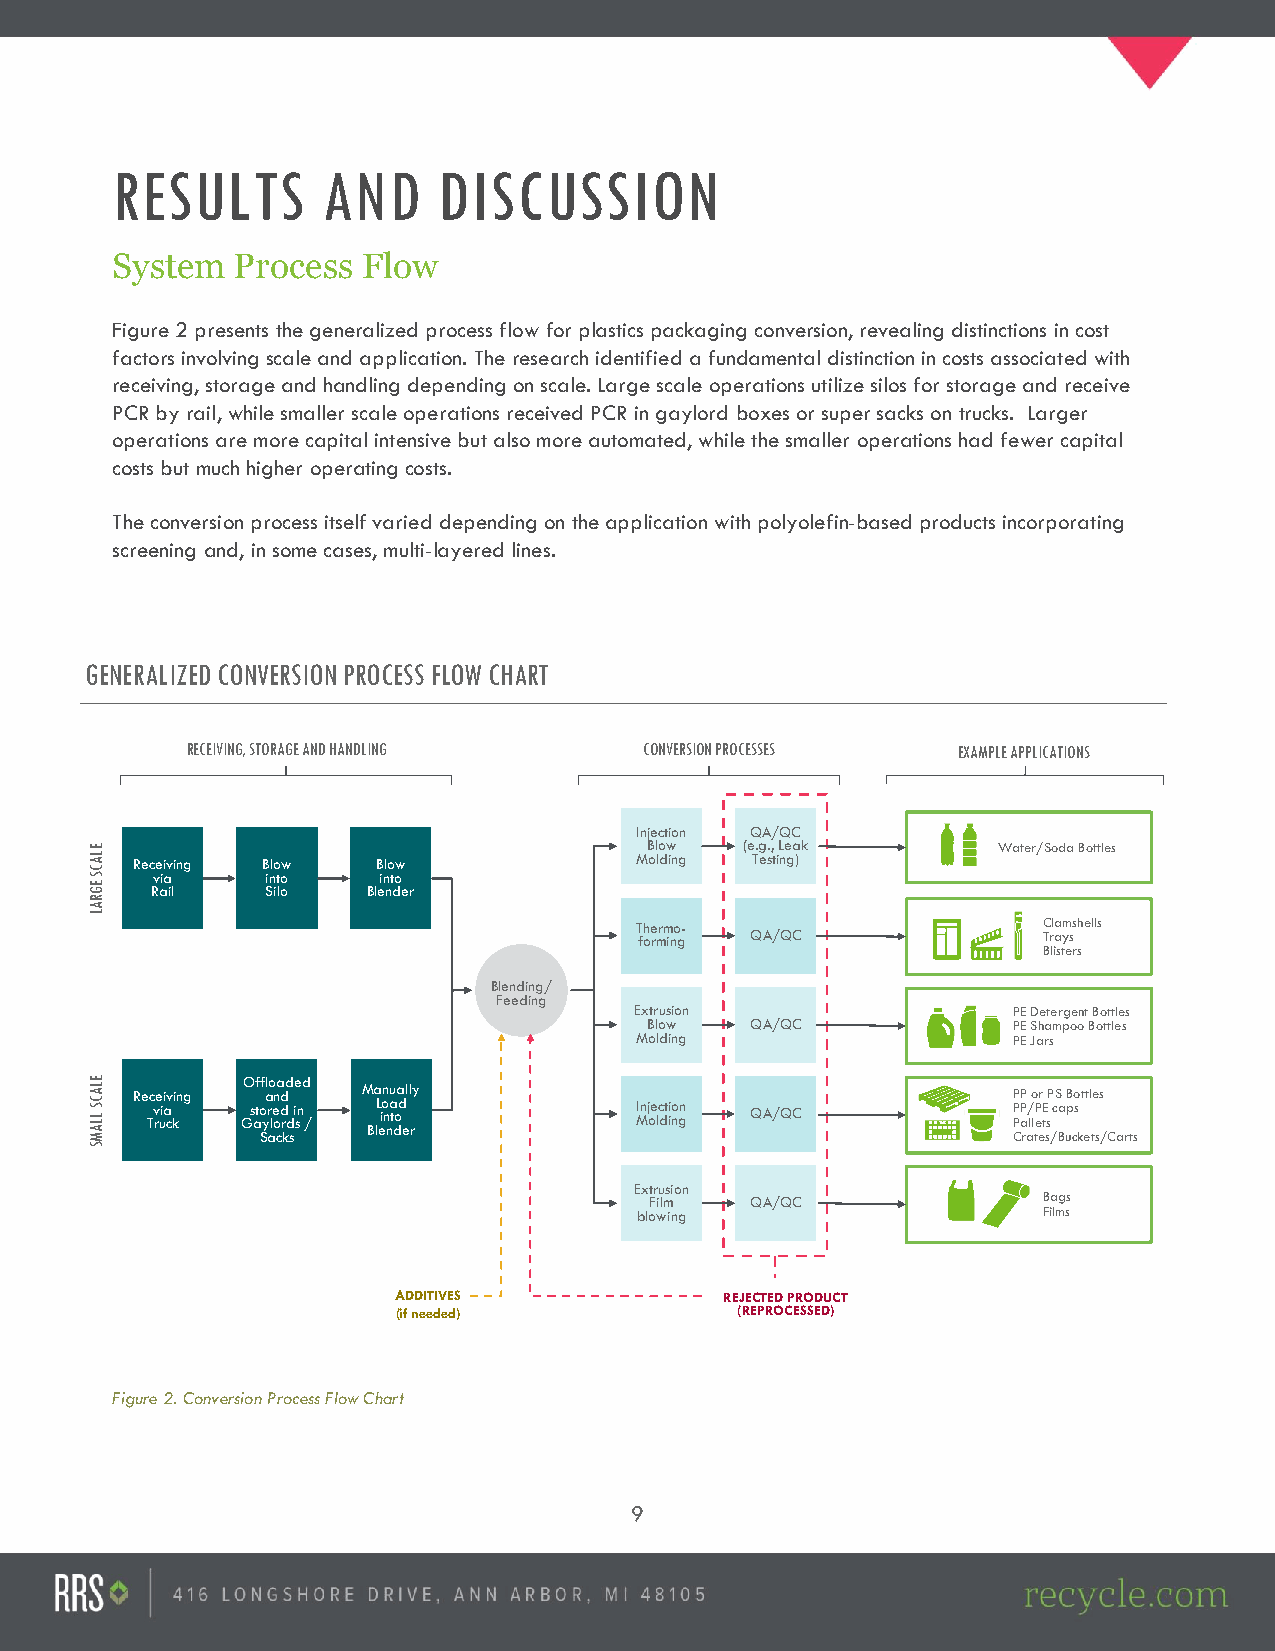
RESULTS       AND     DISCUSSION
 System   Process Flow
 Figure 2 presents the generalized process flow for plastics packaging conversion, revealing distinctions in cost
 factors involving scale and application. The research identified a fundamental distinction in costs associated with
 receiving, storage and handling depending on scale. Large scale operations utilize silos for storage and receive
 PCR by rail, while smaller scale operations received PCR in gaylord boxes or super sacks on trucks. Larger
 operations are more capital intensive but also more automated, while the smaller operations had fewer capital
 costs but much higher operating costs.
 The conversion process itself varied depending on the application with polyolefin-based products incorporating
 screening and, in some cases, multi-layered lines.
 GENERALIZED CONVERSION PROCESS FLOW CHART
 RECEIVING, STORAGE AND HANDLING CONVERSION PROCESSES EXAMPLE APPLICATIONS
 Injection QA/QC
 ELA
 Receiving Blow  Blow
 MB ol lo dw
 in g
 (e T.g es.,
 t
 iL ne ga
 )
 k            Water/Soda Bottles
 C
 S
 EG
 Rv aia
 il
 i Sn it lo
 o
 Blein nt do
 e r
 R
 A
 L
 Thermo-                    Clamshells
 forming QA/QC              Trays
 Blisters
 Blending/
 Feeding
 Extrusion                PE Detergent Bottles
 Blow   QA/QC            PE Shampoo Bottles
 Molding                  PE Jars
 ELA Receiving Off alo na dd ed Manually                      PP or PS Bottles
 C S LLA
 M
 Tv ruia ck Gs at So yr ale o cd r kd
 s
 i sn / BlL eio n na t dod
 e r
 MInj oe lc dt iio ngn QA/QC P P CP a ra/ ll teP etE ss
 /
 ca Bup cs
 k ets/Carts
 S
 Extrusion
 Film   QA/QC              Bags
 blowing                    Films
 ADDITIVES             REJECTED PRODUCT
 (if needed)            (REPROCESSED)
 Figure 2. Conversion Process Flow Chart
 9